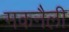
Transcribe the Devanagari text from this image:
मकनैली